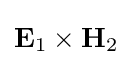
\mathbf {E} _{1}\times \mathbf {H} _{2}